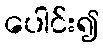
ပေါင်း၍